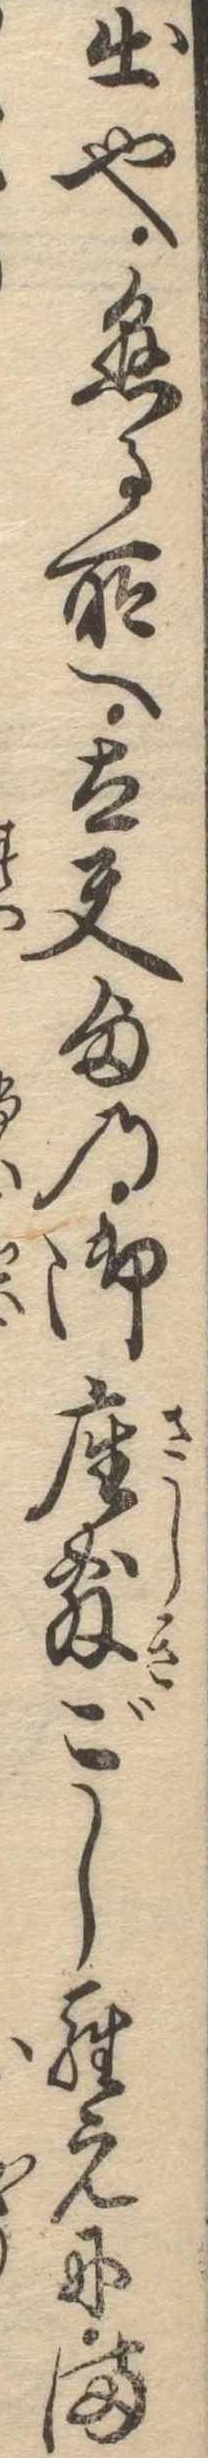
出也懸る所へ太夫様の御座敷ごしらえにま